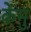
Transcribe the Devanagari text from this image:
केमु